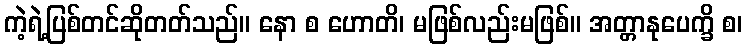
ကဲ့ရဲ့ပြစ်တင်ဆိုတတ်သည်။ နော စ ဟောတိ၊ မဖြစ်လည်းမဖြစ်။ အတ္တာနုပေက္ခိ စ၊